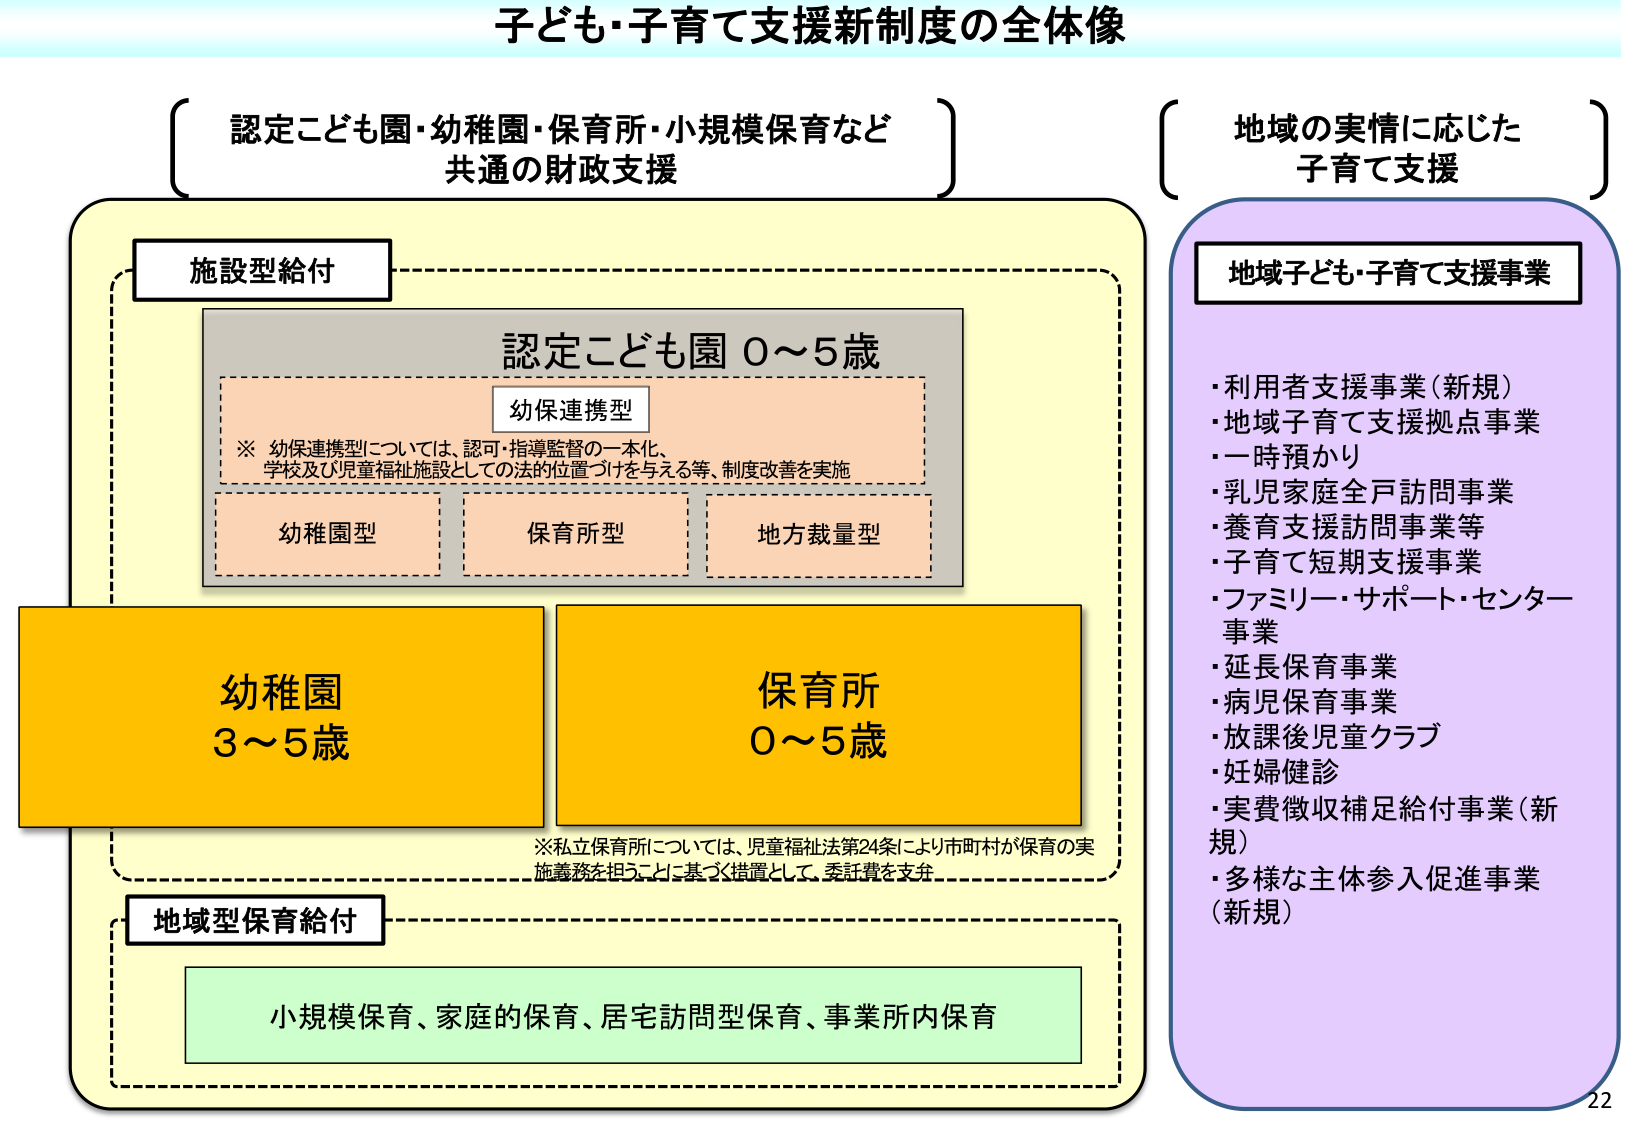
子ども・子育て支援新制度の全体像

認定こども園・幼稚園・保育所・小規模保育など
共通の財政支援

施設型給付

認定こども園 0～5歳

幼保連携型
※ 幼保連携型については、認可・指導監督の一元化、
学校及び児童福祉施設としての法的位置づけを与える等、制度改善を実施

幼稚園型
保育所型
地方裁量型

幼稚園
3～5歳

保育所
0～5歳

※私立保育所については、児童福祉法第24条により市町村が保育の実
施義務を担うことに基づく措置として、委託費を支弁

地域型保育給付

小規模保育、家庭的保育、居宅訪問型保育、事業所内保育

地域の実情に応じた
子育て支援

地域子ども・子育て支援事業

・利用者支援事業（新規）
・地域子育て支援拠点事業
・一時預かり
・乳児家庭全戸訪問事業
・養育支援訪問事業等
・子育て短期支援事業
・ファミリー・サポート・センター
事業
・延長保育事業
・病児保育事業
・放課後児童クラブ
・妊婦健診
・実費徴収補足給付事業（新規）
・多様な主体参入促進事業
（新規）

22